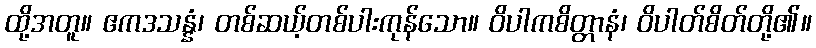
ထို့အတူ။ ဧကဒသန္နံ၊ တစ်ဆယ့်တစ်ပါးကုန်သော။ ဝိပါကစိတ္တာနံ၊ ဝိပါတ်စိတ်တို့၏။